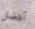
أفضل